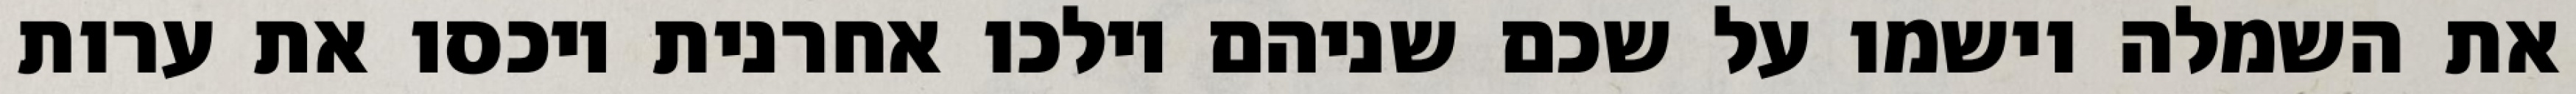
את השמלה וישמו על שכם שניהם וילכו אחרנית ויכסו את ערות